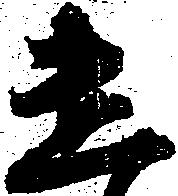
遣